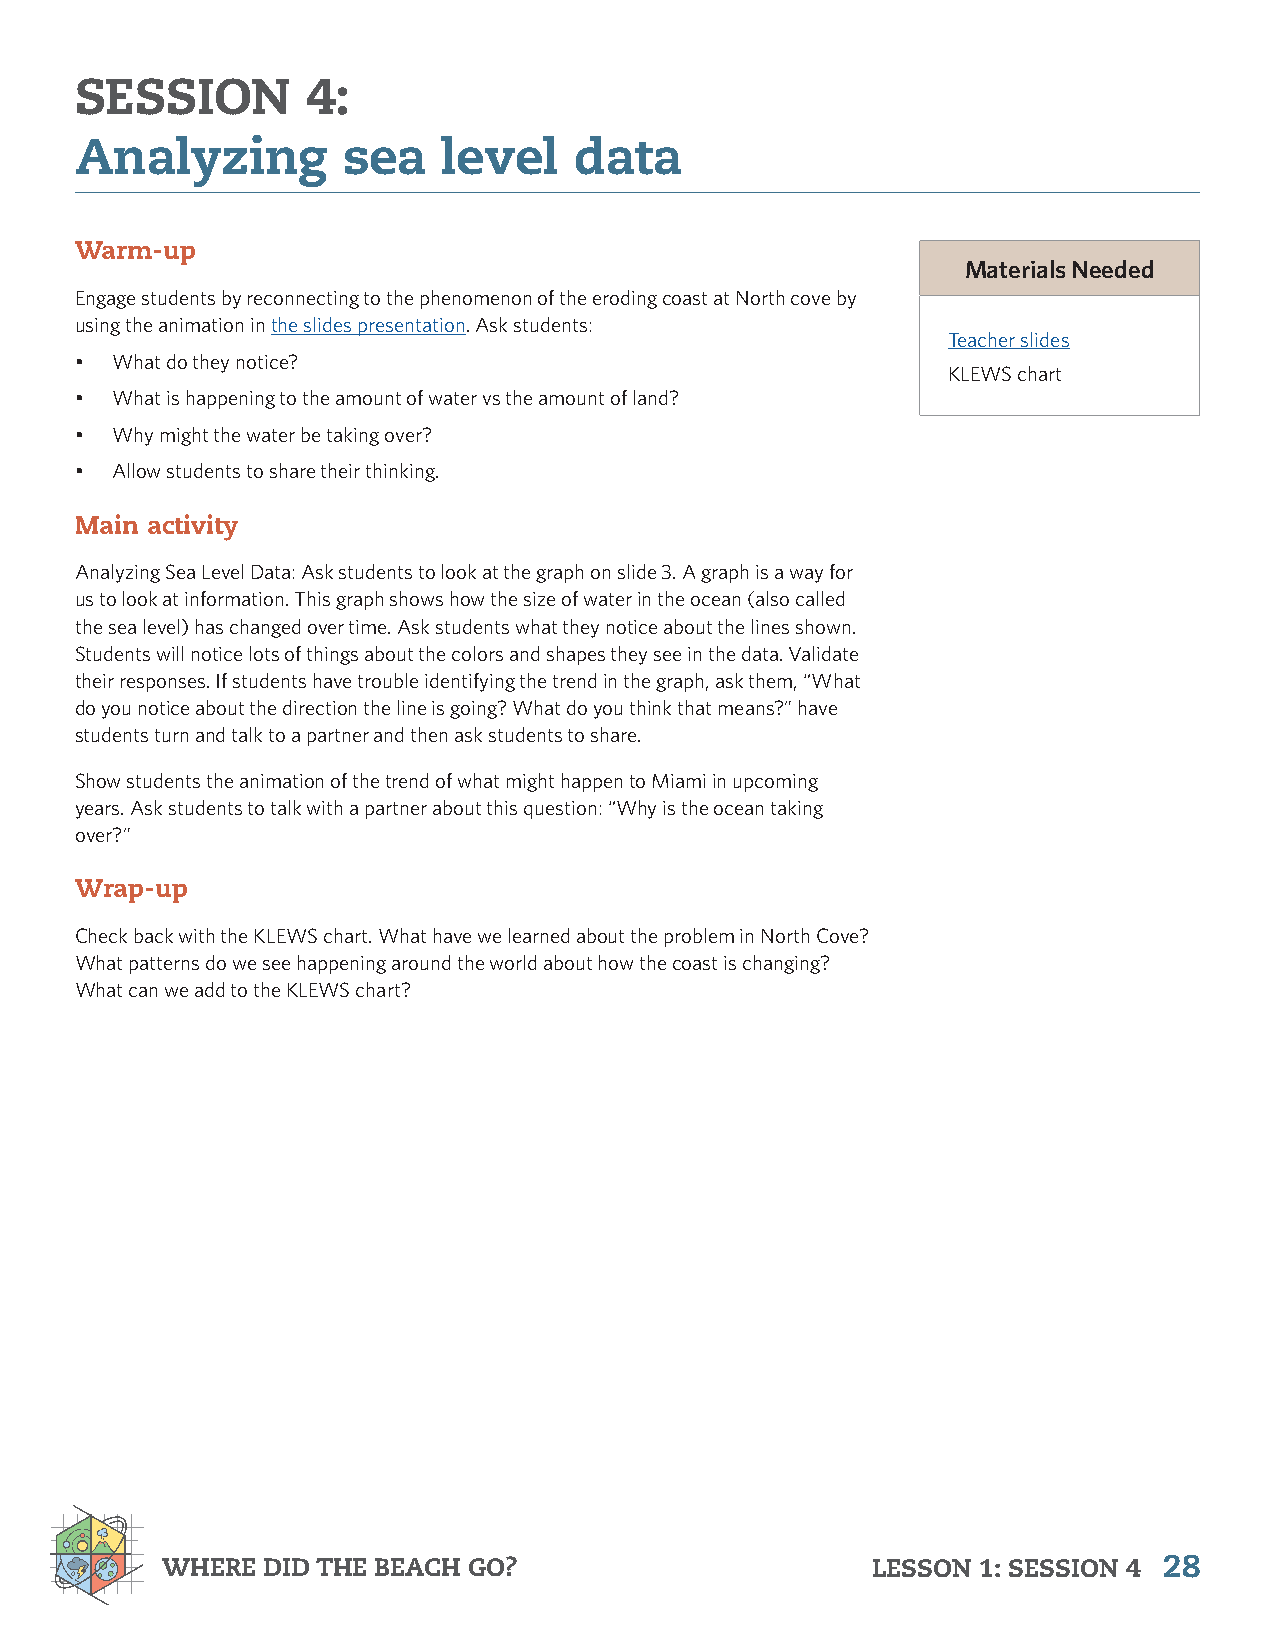
SESSION        4:
 Analyzing         sea   level    data
 Warm-up
 Materials Needed
 Engage students by reconnecting to the phenomenon of the eroding coast at North cove by
 using the animation in the slides presentation. Ask students:
 Teacher slides
 • What do they notice?
 KLEWS chart
 • What is happening to the amount of water vs the amount of land?
 • Why might the water be taking over?
 • Allow students to share their thinking.
 Main activity
 Analyzing Sea Level Data: Ask students to look at the graph on slide 3. A graph is a way for
 us to look at information. This graph shows how the size of water in the ocean (also called
 the sea level) has changed over time. Ask students what they notice about the lines shown.
 Students will notice lots of things about the colors and shapes they see in the data. Validate
 their responses. If students have trouble identifying the trend in the graph, ask them, “What
 do you notice about the direction the line is going? What do you think that means?” have
 students turn and talk to a partner and then ask students to share.
 Show students the animation of the trend of what might happen to Miami in upcoming
 years. Ask students to talk with a partner about this question: “Why is the ocean taking
 over?”
 Wrap-up
 Check back with the KLEWS chart. What have we learned about the problem in North Cove?
 What patterns do we see happening around the world about how the coast is changing?
 What can we add to the KLEWS chart?
 WHERE DID THE BEACH GO?                        LESSON 1: SESSION 4 28